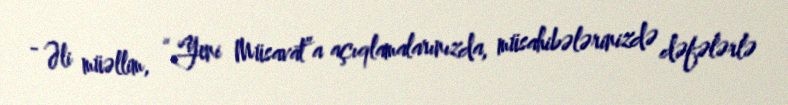
- Əli müəllim, “Yeni Müsavat”a açıqlamalarınızda, müsahibələrinizdə dəfələrlə